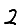
Digit: 2